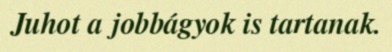
Juhot a jobbágyok is tartanak.